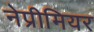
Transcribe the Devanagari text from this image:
नेप्रीमियर